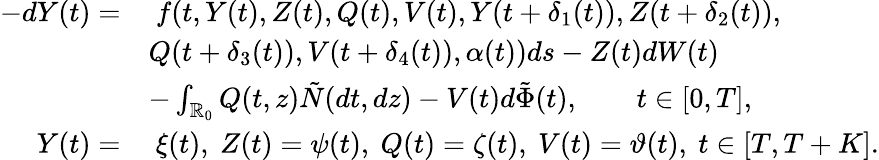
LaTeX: \begin{array}{rl}{-dY(t)=}&{\ f(t,Y(t),Z(t),Q(t),V(t),Y(t+\delta_{1}(t)),Z(t+\delta_{2}(t)),}\\ &{Q(t+\delta_{3}(t)),V(t+\delta_{4}(t)),\alpha(t))ds-Z(t)dW(t)}\\ &{-\int_{\mathbb{R}_{0}}Q(t,z)\tilde{N}(dt,dz)-V(t)d\tilde{\Phi}(t),\qquad t\in[0,T],}\\ {Y(t)=}&{\ \xi(t),\ Z(t)=\psi(t),\ Q(t)=\zeta(t),\ V(t)=\vartheta(t),\ t\in[T,T+K].}\end{array}